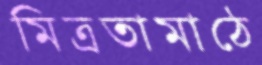
মিত্রতামাঠে